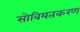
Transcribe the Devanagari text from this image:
सोवियतकरण